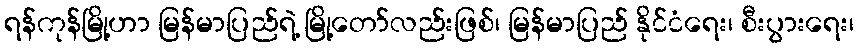
ရန်ကုန်မြို့ဟာ မြန်မာပြည်ရဲ့ မြို့တော်လည်းဖြစ်၊ မြန်မာပြည် နိုင်ငံရေး၊ စီးပွားရေး၊